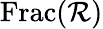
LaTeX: \operatorname{Frac}(\mathcal{R})